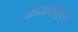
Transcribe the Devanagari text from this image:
कयाससुद्धा